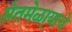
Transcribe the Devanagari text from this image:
संतमेळा्याचे